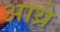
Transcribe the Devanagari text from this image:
आय्रे